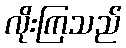
လိုးကြသည်